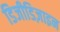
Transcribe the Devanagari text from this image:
डिजीडिज़ाइन